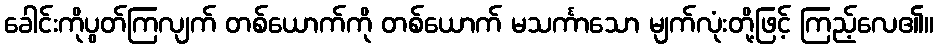
ခေါင်းကိုပွတ်ကြလျက် တစ်ယောက်ကို တစ်ယောက် မသင်္ကာသော မျက်လုံးတို့ဖြင့် ကြည့်လေ၏။